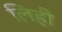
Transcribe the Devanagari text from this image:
लिही